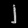
Digit: ၂